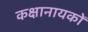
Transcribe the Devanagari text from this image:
कक्षानायकों